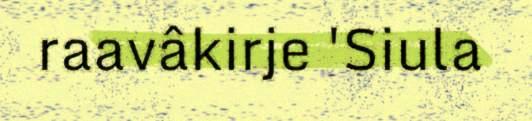
raavâkirje 'Siula